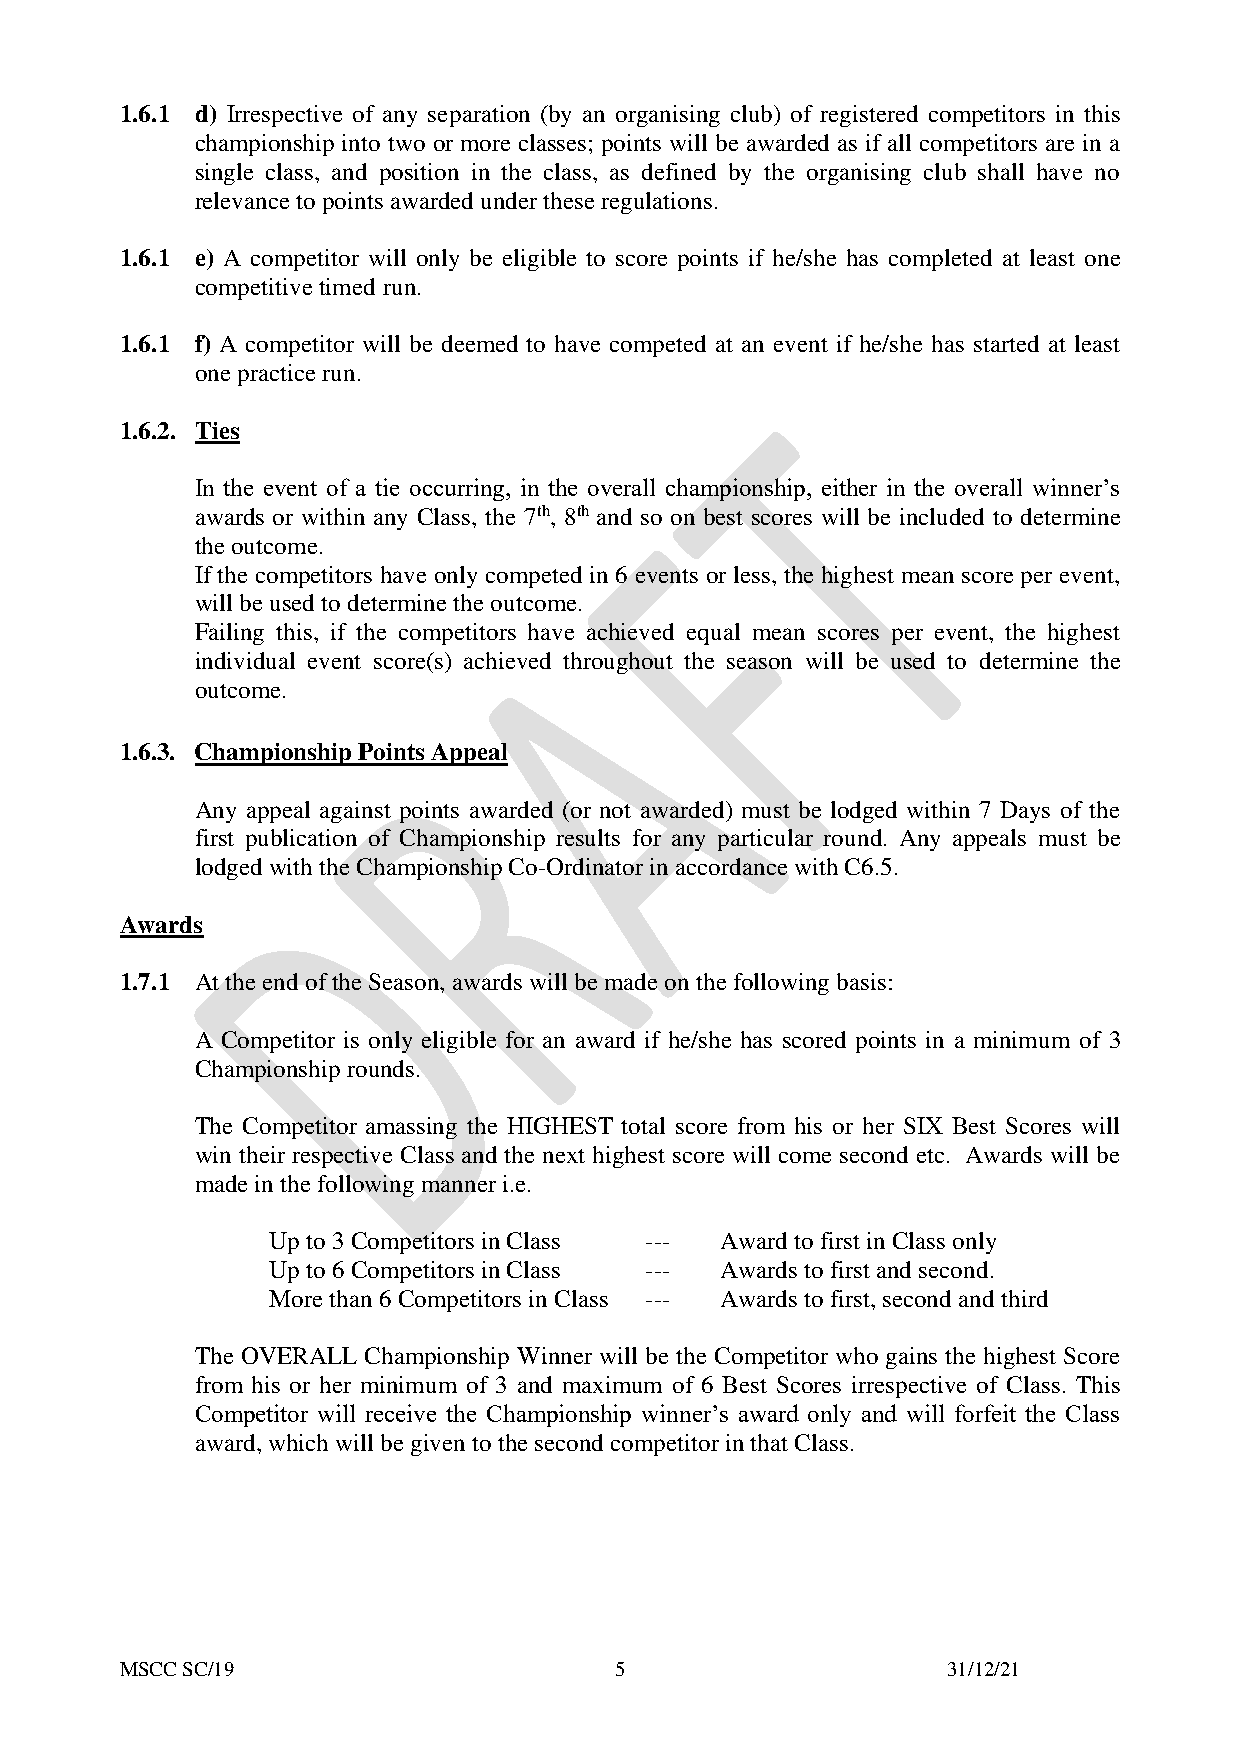
1.6.1 d) Irrespective of any separation (by an organising club) of registered competitors in this
 championship into two or more classes; points will be awarded as if all competitors are in a
 single class, and position in the class, as defined by the organising club shall have no
 relevance to points awarded under these regulations.
 1.6.1 e) A competitor will only be eligible to score points if he/she has completed at least one
 competitive timed run.
 1.6.1 f) A competitor will be deemed to have competed at an event if he/she has started at least
 one practice run.
 1.6.2. Ties
 In the event of a tie occurring, in the overall championship, either in the overall winner’s
 awards or within any Class, the 7th, 8th and so on best scores will be included to determine
 the outcome.
 If the competitors have only competed in 6 events or less, the highest mean score per event,
 will be used to determine the outcome.
 Failing this, if the competitors have achieved equal mean scores per event, the highest
 individual event score(s) achieved throughout the season will be used to determine the
 outcome.
 1.6.3. Championship Points Appeal
 Any appeal against points awarded (or not awarded) must be lodged within 7 Days of the
 first publication of Championship results for any particular round. Any appeals must be
 lodged with the Championship Co-Ordinator in accordance with C6.5.
 Awards
 1.7.1 At the end of the Season, awards will be made on the following basis:
 A Competitor is only eligible for an award if he/she has scored points in a minimum of 3
 Championship rounds.
 The Competitor amassing the HIGHEST total score from his or her SIX Best Scores will
 win their respective Class and the next highest score will come second etc. Awards will be
 made in the following manner i.e.
 Up to 3 Competitors in Class --- Award to first in Class only
 Up to 6 Competitors in Class --- Awards to first and second.
 More than 6 Competitors in Class --- Awards to first, second and third
 The OVERALL Championship Winner will be the Competitor who gains the highest Score
 from his or her minimum of 3 and maximum of 6 Best Scores irrespective of Class. This
 Competitor will receive the Championship winner’s award only and will forfeit the Class
 award, which will be given to the second competitor in that Class.
 MSCC SC/19                       5                     31/12/21